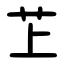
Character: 䒙